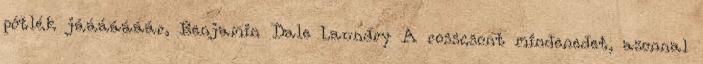
pótlék jááááááár, Benjamin Dale Laundry A rosscsont mindenedet, azonnal